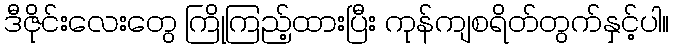
ဒီဇိုင်းလေးတွေ ကြိုကြည့်ထားပြီး ကုန်ကျစရိတ်တွက်နှင့်ပါ။